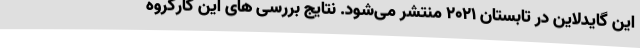
این گایدلاین در تابستان ۲۰۲۱ منتشر می‌شود. نتایج بررسی های این کارگروه